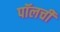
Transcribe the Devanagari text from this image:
पॉलची